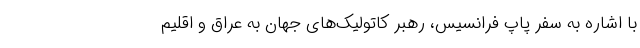
با اشاره به سفر پاپ فرانسیس، رهبر کاتولیک‌های جهان به عراق و اقلیم